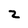
Character: z